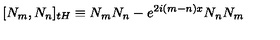
\lbrack N _ { m } , N _ { n } ] _ { t H } \equiv N _ { m } N _ { n } - e ^ { 2 i ( m - n ) x } N _ { n } N _ { m }